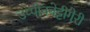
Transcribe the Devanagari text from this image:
उप्पीनबेट्टीगेरी